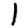
Digit: 1